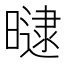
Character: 曃